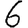
Digit: 6